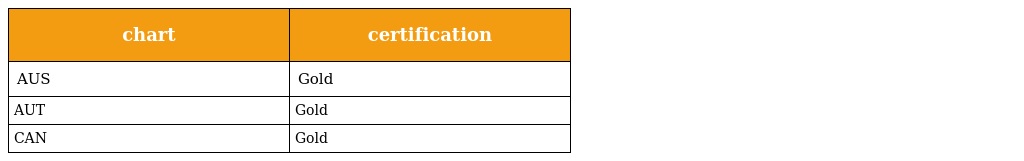
| chart | certification |
 | --- | --- |
 | AUS | Gold |
 | AUT | Gold |
 | CAN | Gold |